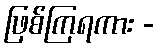
ဖြစ်ကြရကား -